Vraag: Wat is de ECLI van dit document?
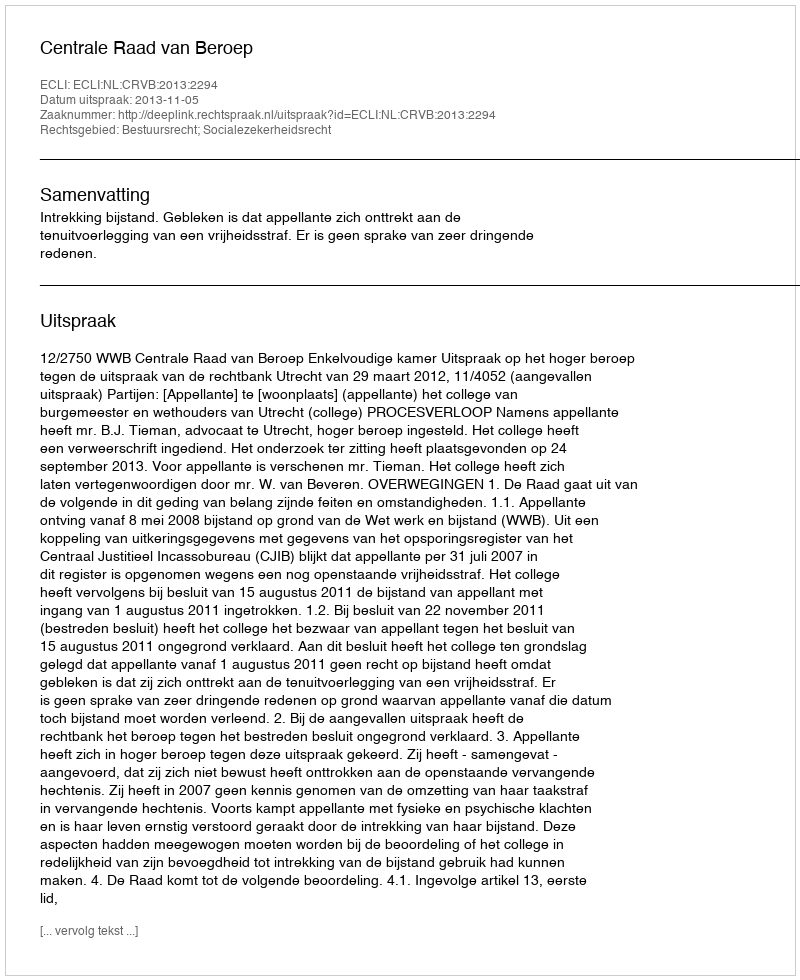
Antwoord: ECLI:NL:CRVB:2013:2294